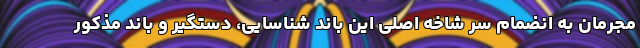
مجرمان به انضمام سر شاخه اصلی این باند شناسایی، دستگیر و باند مذکور